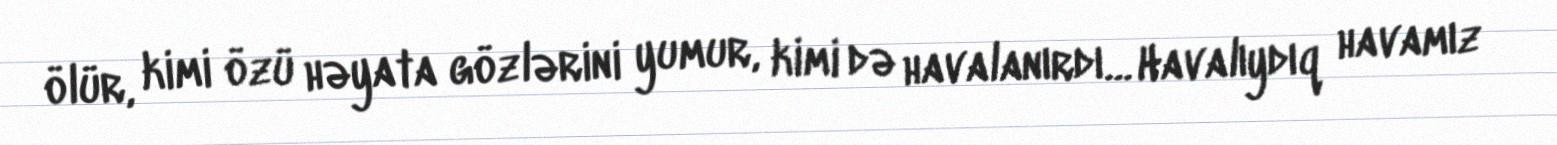
ölür, kimi özü həyata gözlərini yumur, kimi də havalanırdı… Havalıydıq havamız